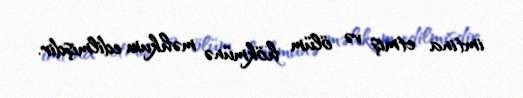
imtina etmiş və ölüm hökmünə məhkum edilmişdir.